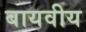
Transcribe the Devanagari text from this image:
बायवीय